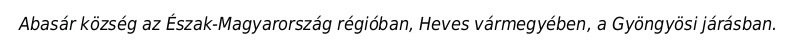
Abasár község az Észak-Magyarország régióban, Heves vármegyében, a Gyöngyösi járásban.